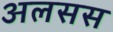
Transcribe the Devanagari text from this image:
अलसस